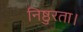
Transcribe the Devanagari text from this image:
निष्ठुरता।